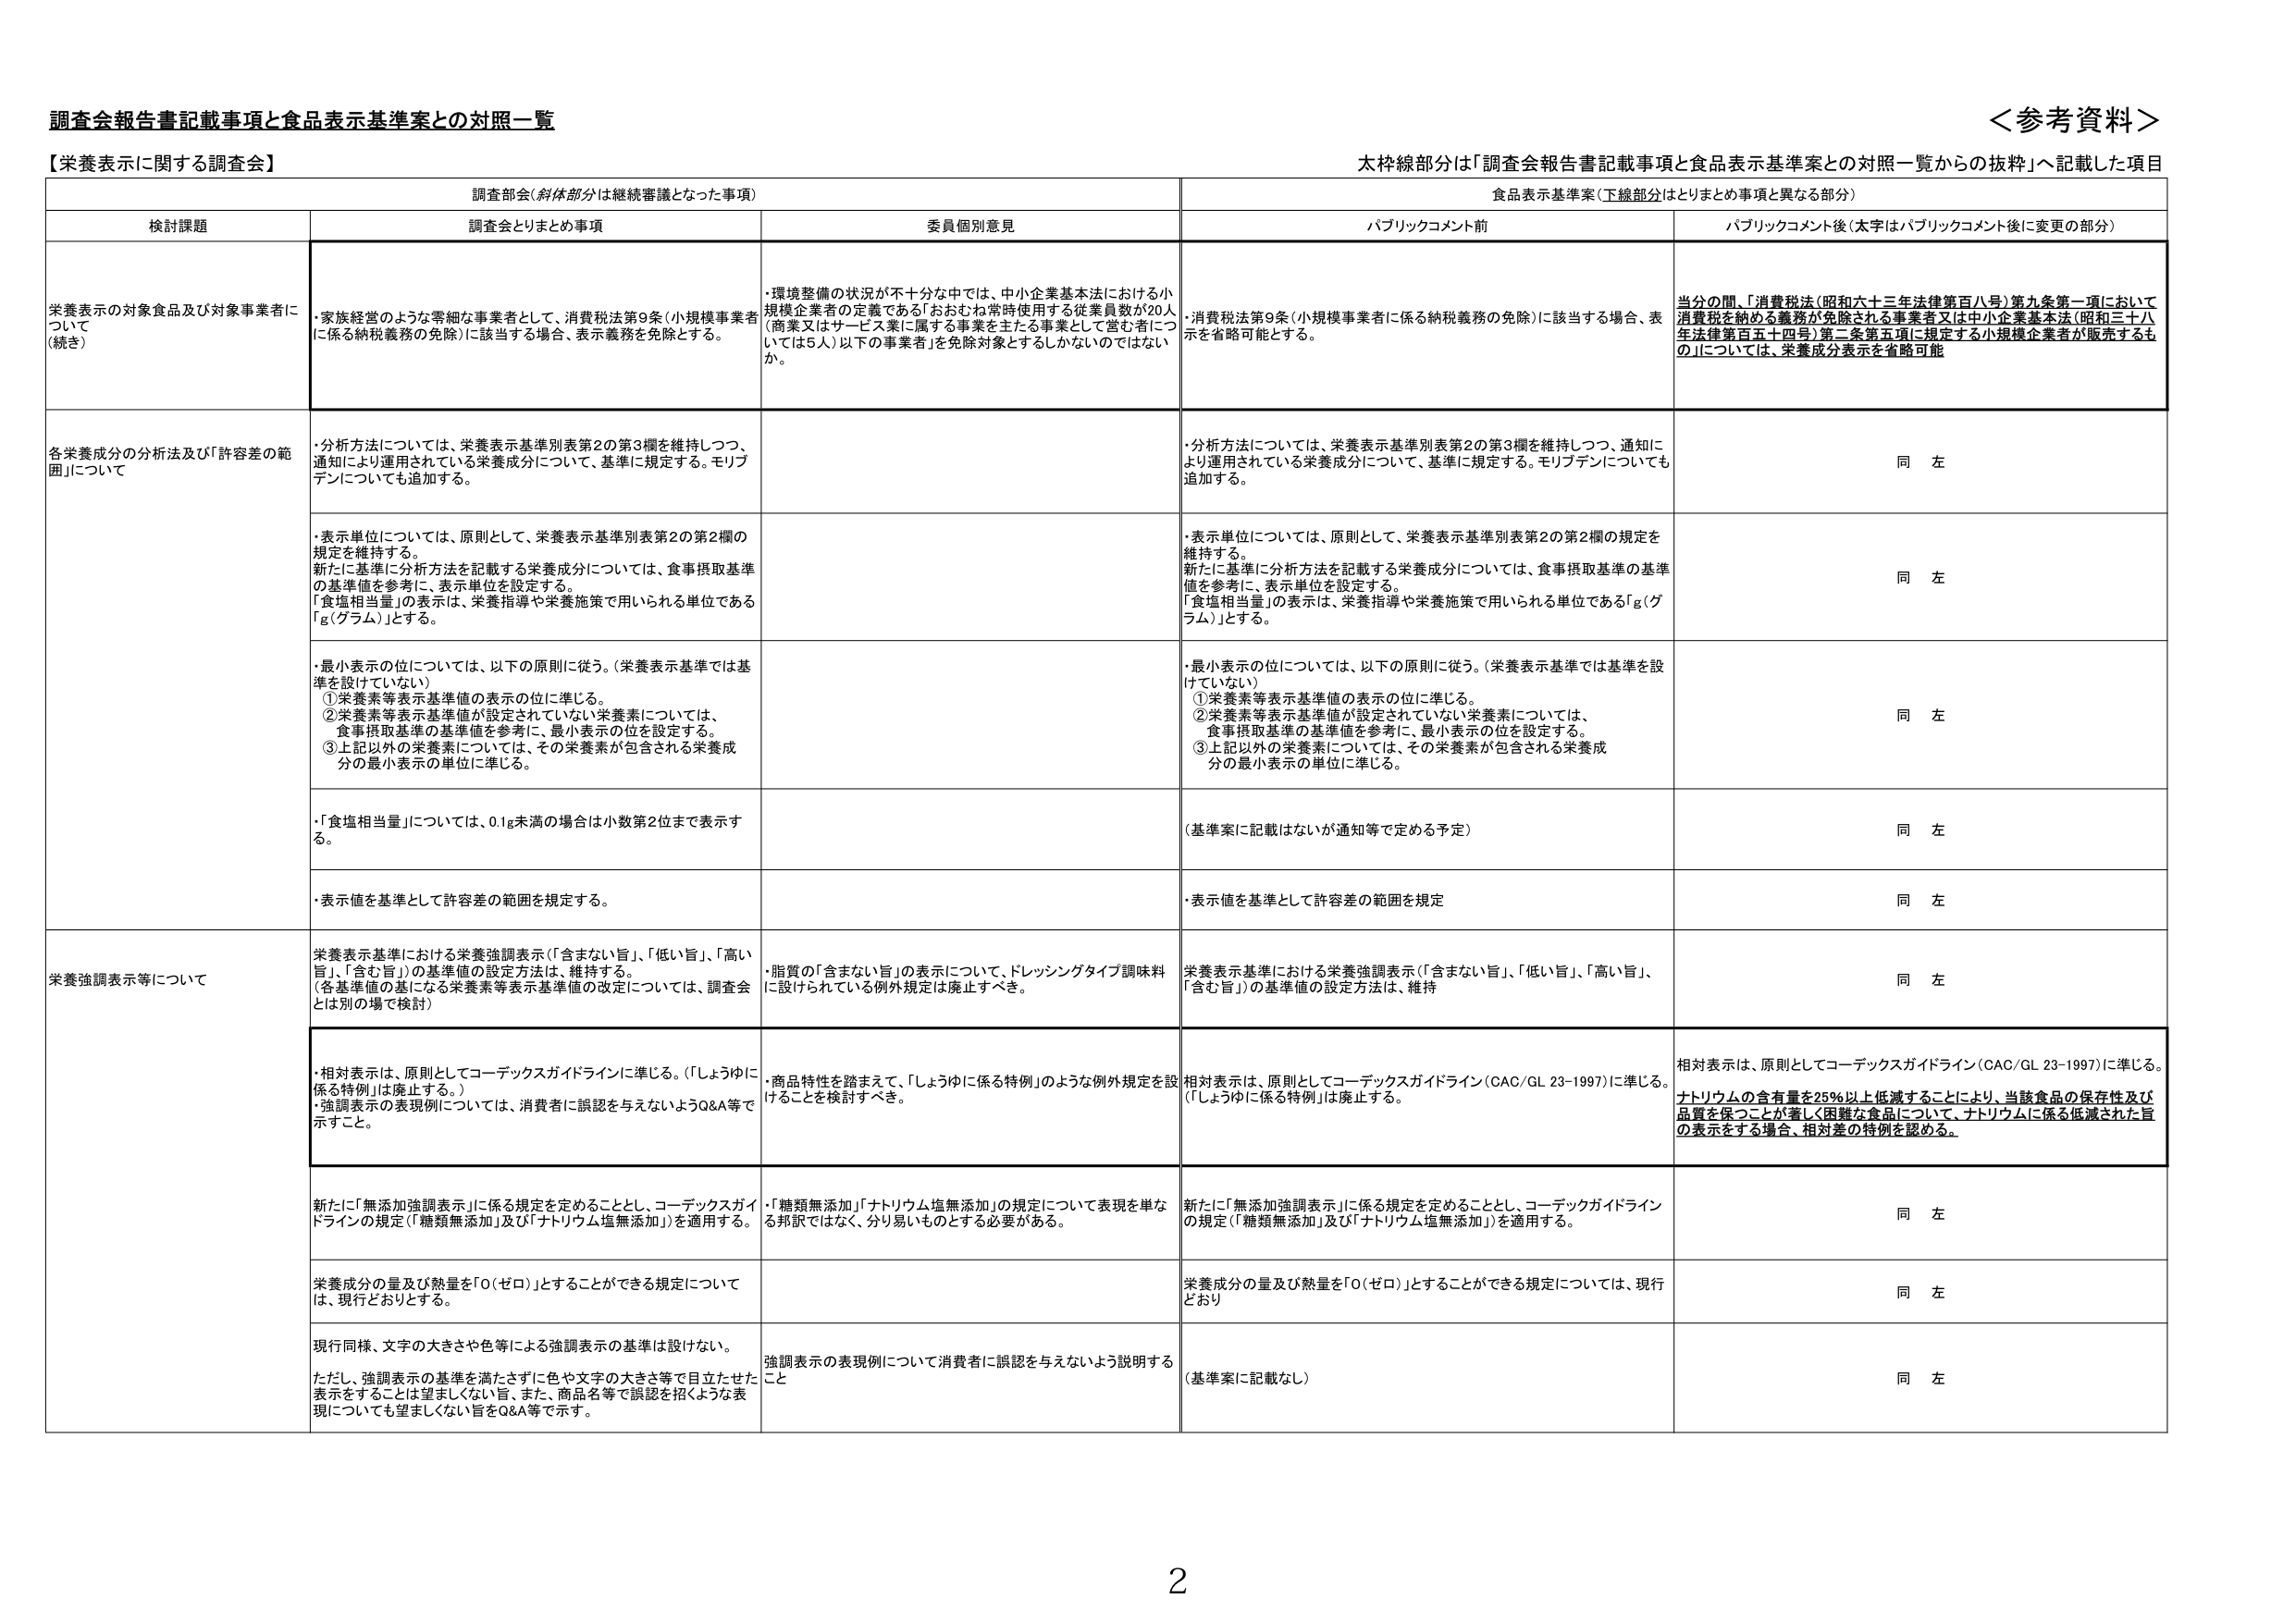
調査会報告書記載事項と食品表示基準案との対照一覧

＜参考資料＞

太枠線部分は「調査会報告書記載事項と食品表示基準案との対照一覧からの抜粋」へ記載した項目

【栄養表示に関する調査会】

調査部会（斜体部分は継続審議となった事項）

食品表示基準案（下線部分はとりまとめ事項と異なる部分）

検討課題

調査会とりまとめ事項

委員個別意見

パブリックコメント前

パブリックコメント後（太字はパブリックコメント後に変更の部分）

栄養表示の対象食品及び対象事業者について
（続き）

・家族経営のような零細な事業者として、消費税法第9条（小規模事業者に係る納税義務の免除）に該当する場合、表示義務を免除とする。

・環境整備の状況が不十分な中では、中小企業基本法における小規模企業者の定義である「おおむね常時使用する従業員数が20人（商業又はサービス業に属する事業を主たる事業として営む者については5人）以下の事業者」を免除対象とするしかないのではないのか。

・消費税法第9条（小規模事業者に係る納税義務の免除）に該当する場合、表示を省略可能とする。

当分の間、「消費税法（昭和六十三年法律第百八号）第九条第一項において消費税を納める義務が免除される事業者又は中小企業基本法（昭和三十八年法律第百五十四号）第二条第五項に規定する小規模企業者が販売するもの」については、栄養成分表示を省略可能

各栄養成分の分析法及び「許容差の範囲」について

・分析方法については、栄養表示基準別表第2の第3欄を維持しつつ、通知により運用されている栄養成分について、基準に規定する。モリブデンについても追加する。

・分析方法については、栄養表示基準別表第2の第3欄を維持しつつ、通知により運用されている栄養成分について、基準に規定する。モリブデンについても追加する。

同 左

・表示単位については、原則として、栄養表示基準別表第2の第2欄の規定を維持する。
新たに基準に分析方法を記載する栄養成分については、食事摂取基準の基準値を参考に、表示単位を設定する。
「食塩相当量」の表示は、栄養指導や栄養施策で用いられる単位である「g（グラム）」とする。

・表示単位については、原則として、栄養表示基準別表第2の第2欄の規定を維持する。
新たに基準に分析方法を記載する栄養成分については、食事摂取基準の基準値を参考に、表示単位を設定する。
「食塩相当量」の表示は、栄養指導や栄養施策で用いられる単位である「g（グラム）」とする。

同 左

・最小表示の位については、以下の原則に従う。（栄養表示基準では基準を設けていない）
①栄養素等表示基準値の表示の位に準じる。
②栄養素等表示基準値が設定されていない栄養素については、食事摂取基準の基準値を参考に、最小表示の位を設定する。
③上記以外の栄養素については、その栄養素が包含される栄養成分の最小表示の単位に準じる。

・最小表示の位については、以下の原則に従う。（栄養表示基準では基準を設けていない）
①栄養素等表示基準値の表示の位に準じる。
②栄養素等表示基準値が設定されていない栄養素については、食事摂取基準の基準値を参考に、最小表示の位を設定する。
③上記以外の栄養素については、その栄養素が包含される栄養成分の最小表示の単位に準じる。

同 左

・「食塩相当量」については、0.1g未満の場合は小数第2位まで表示する。

（基準案に記載はないが通知等で定める予定）

同 左

・表示値を基準として許容差の範囲を規定する。

・表示値を基準として許容差の範囲を規定

同 左

栄養強調表示等について

栄養表示基準における栄養強調表示（「含まない旨」、「低い旨」、「高い旨」、「含む旨」）の基準値の設定方法は、維持する。
（各基準値の基になる栄養素等表示基準値の改定については、調査会とは別の場で検討）

・脂質の「含まない旨」の表示について、ドレッシングタイプ調味料に設けられている例外規定は廃止すべき。

栄養表示基準における栄養強調表示（「含まない旨」、「低い旨」、「高い旨」、「含む旨」）の基準値の設定方法は、維持

同 左

・相対表示は、原則としてコーデックスガイドラインに準じる。（「しょうゆに係る特例」は廃止する。）
・強調表示の表現例については、消費者に誤認を与えないようQ&A等で示すこと。

・商品特性を踏まえて、「しょうゆに係る特例」のような例外規定を設けることを検討すべき。

相対表示は、原則としてコーデックスガイドライン（CAC/GL 23-1997）に準じる。
（「しょうゆに係る特例」は廃止する。）

相対表示は、原則としてコーデックスガイドライン（CAC/GL 23-1997）に準じる。
ナトリウムの含有量を25％以上低減することにより、当該食品の保存性及び品質を保つことが著しく困難な食品について、ナトリウムに係る低減された旨の表示をする場合、相対差の特例を認める。

新たに「無添加強調表示」に係る規定を定めることとし、コーデックスガイドラインの規定（「糖類無添加」及び「ナトリウム塩無添加」）を適用する。

・「糖類無添加」「ナトリウム塩無添加」の規定について表現を単なる邦訳ではなく、分り易いものとする必要がある。

新たに「無添加強調表示」に係る規定を定めることとし、コーデックスガイドラインの規定（「糖類無添加」及び「ナトリウム塩無添加」）を適用する。

同 左

栄養成分の量及び熱量を「0（ゼロ）」とすることができる規定については、現行どおりとする。

栄養成分の量及び熱量を「0（ゼロ）」とすることができる規定については、現行どおり

同 左

現行同様、文字の大きさや色等による強調表示の基準は設けない。
ただし、強調表示の基準を満たさずに色や文字の大きさ等で目立たせた表示をすることは望ましくない旨、また、商品名等で誤認を招くような表現についても望ましくない旨をQ&A等で示す。

強調表示の表現例について消費者に誤認を与えないよう説明する

（基準案に記載なし）

同 左

2